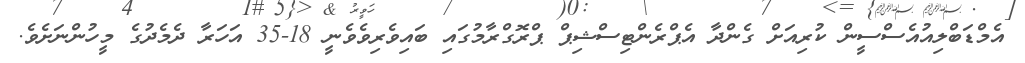
އެމްޑަބްލިއުއެސްސީން ކުރިއަށް ގެންދާ އެޕްރެންޓިސްޝިޕް ޕްރޮގްރާމުގައި ބައިވެރިވެވެނީ 18-35 އަހަރާ ދެމެދުގެ މީހުންނަށެވެ.